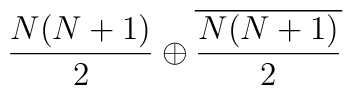
\frac{N(N+1)}{2} \oplus\overline{\frac{N(N+1)}{2}}